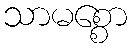
သာမစ္စော